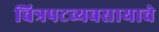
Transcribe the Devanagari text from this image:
चित्रपटव्यवसायाचे